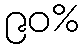
၉၀%